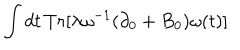
\int d t \, T r [ \lambda \omega ^ { - 1 } ( \partial _ { 0 } + B _ { 0 } ) \omega ( t ) ]